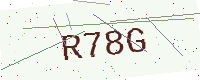
Text: R78G